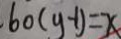
. 6 0 ( y - 1 ) = x